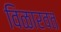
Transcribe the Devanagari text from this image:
विळारवत